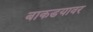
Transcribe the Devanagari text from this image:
बाकडयावर